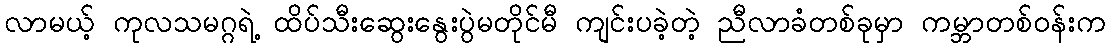
လာမယ့် ကုလသမဂ္ဂရဲ့ ထိပ်သီးဆွေးနွေးပွဲမတိုင်မီ ကျင်းပခဲ့တဲ့ ညီလာခံတစ်ခုမှာ ကမ္ဘာတစ်ဝန်းက